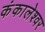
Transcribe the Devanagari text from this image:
कंकालेश्‍वर